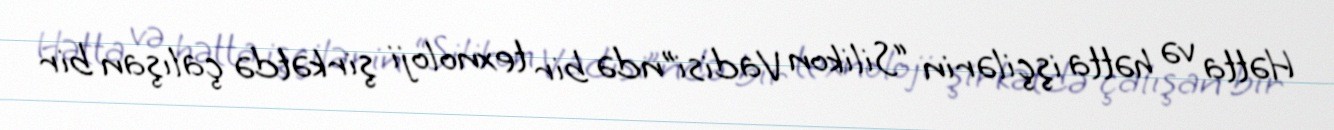
Hətta və hətta işçilərin “Silikon Vadisi”ndə bir texnoloji şirkətdə çalışan bir